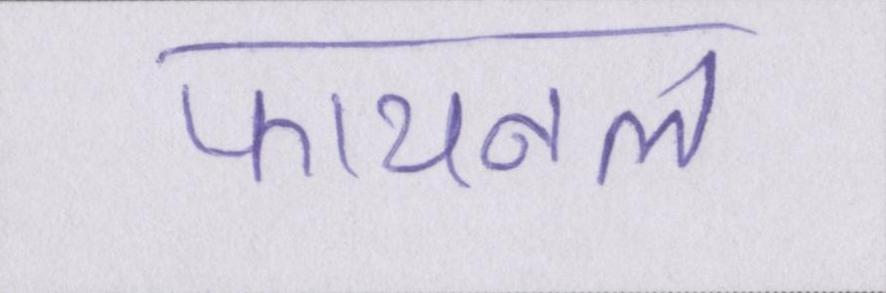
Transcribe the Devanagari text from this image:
फायनल